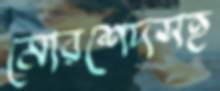
মোরশেদসহ